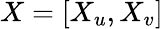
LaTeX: X=[X_{u},X_{v}]